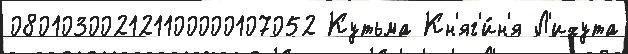
080103002121100000107052 Кутьма Кн'яг'и́н'я Л'ихута